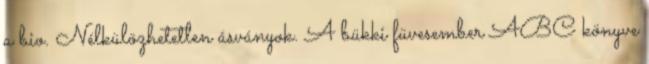
a bio. Nélkülözhetetlen ásványok. A bükki füvesember ABC könyve